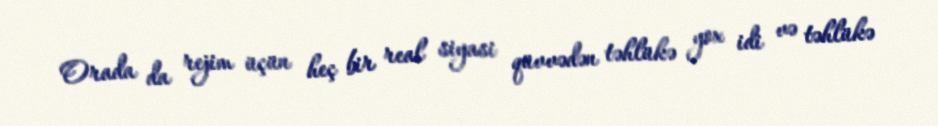
Orada da rejim üçün heç bir real siyasi qüvvədən təhlükə yox idi və təhlükə